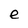
Character: e